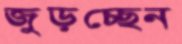
জুড়চ্ছেন